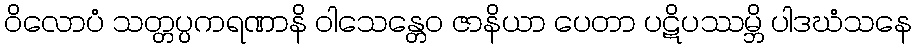
ဝိလောပံ သတ္တပ္ပကရဏာနိ ဝါသေန္တေဝ ဇာနိယာ ပေတာ ပဋိပဿမ္ဘိ ပါဒဃံသနေ